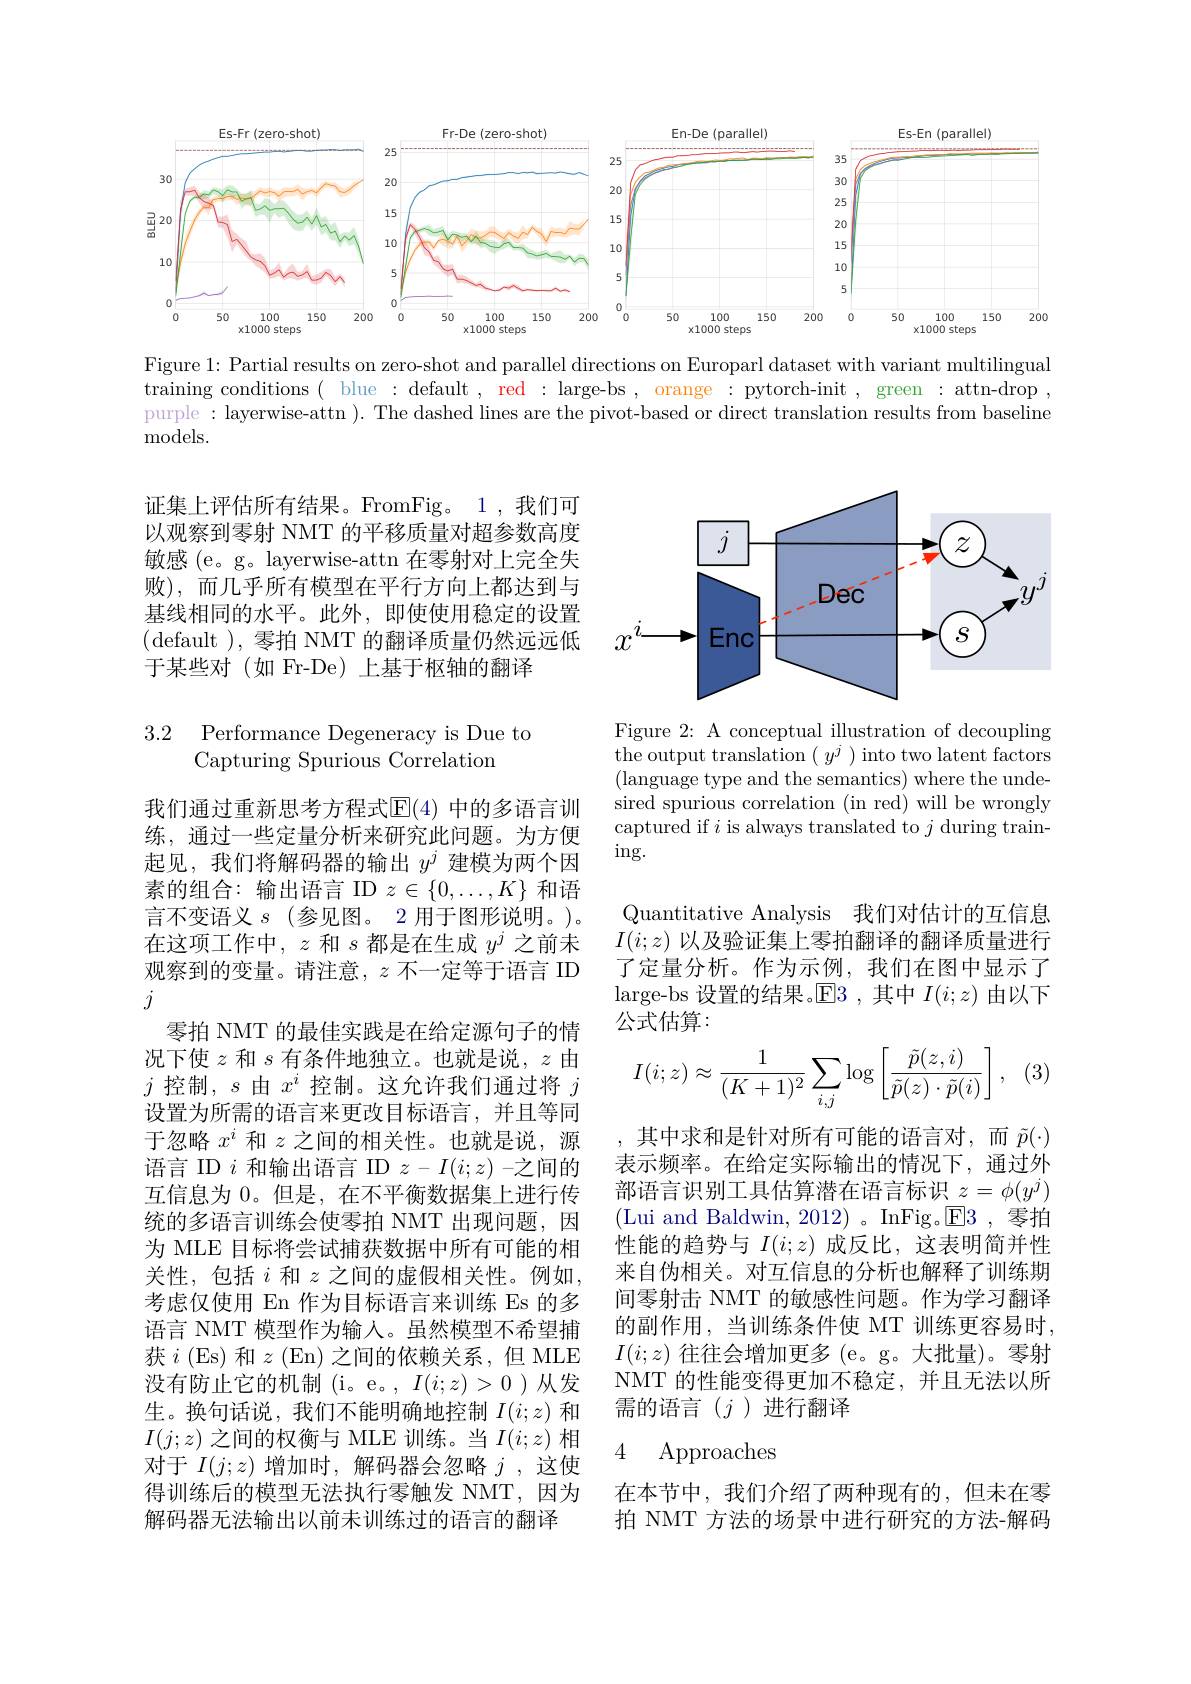
<FigureHere>

Figure 1: Partial results on zero-shot and parallel directions on Europarl dataset with variant multilingual training conditions( blue : default , red : large-bs , orange : pytorch-init , green : attn-drop , purple : layerwise-attn ). The dashed lines are the pivot-based or direct translation results from baseline ${\mathrm{models.}}$

证集上评估所有结果。FromFig。1,我们可以观察到零射 NMT 的平移质量对超参数高度敏感 (e。g。layerwise-attn 在零射对上完全失败),而几乎所有模型在平行方向上都达到与基线相同的水平。此外，即使使用稳定的设置(default ),零拍 NMT 的翻译质量仍然远远低于某些对(如 Fr-De)上基于枢轴的翻译

# 3.2 Performance Degeneracy is Due to Capturing Spurious Correlation

我们通过重新思考方程式$\overline{\mathbb{E}}(4)$ 中的多语言训练，通过一些定量分析来研究此问题。为方便起见，我们将解码器的输出$y^j$建模为两个因素的组合：输出语言 ID $z\in\{0,\ldots,K\}$和语言不变语义$s$ (参见图。2 用于图形说明。)。在这项工作中，$z$和$s$都是在生成$y^j$之前未观察到的变量。请注意，$z$不一定等于语言 ID $j$
零拍 NMT 的最佳实践是在给定源句子的情况下使$z$和$s$有条件地独立。也就是说，$z$由$j$ 控制，$s$由$x^i$ 控制。这允许我们通过将 $j$ 设置为所需的语言来更改目标语言，并且等同于忽略$x^i$和$z$之间的相关性。也就是说，源语言 ID $i$和输出语言 ID $z-I(i;z)$ -之间的互信息为 0。但是，在不平衡数据集上进行传统的多语言训练会使零拍 NMT 出现问题，因为 MLE 目标将尝试捕获数据中所有可能的相关性，包括$i$ 和 $z$ 之间的虚假相关性。例如， 考虑仅使用 En 作为目标语言来训练 Es 的多语言 NMT 模型作为输入。虽然模型不希望捕获$i$ (Es) 和$z$ (En) 之间的依赖关系，但 MLE 没有防止它的机制(i。e。, $I(i;z)>0$ )从发生。换句话说，我们不能明确地控制$I(i;z)$和$I(j;z)$之间的权衡与 MLE 训练。当$I(i;z)$相对于$I(j;z)$增加时，解码器会忽略$j$,这使得训练后的模型无法执行零触发 NMT,因为解码器无法输出以前未训练过的语言的翻译

<FigureHere>

Figure 2: A conceptual illustration of decoupling ${\mathrm{the~output~translation~}(y^{j})\text{into two latent factors}}$ (language type and the semantics) where the undesired spurious correlation (in red) will be wrongly captured if $i$ is always translated to $j$ during train- $\operatorname{ing}.$

Quantitative Analysis 我们对估计的互信息$I(i;z)$以及验证集上零拍翻译的翻译质量进行了定量分析。作为示例，我们在图中显示了large-bs 设置的结果。$\mathbb{E}$3 ,其中$I(i;z)$由以下公式估算：

(3)
$$I(i;z)\approx\frac{1}{(K+1)^2}\sum_{i,j}\log\left[\frac{\tilde{p}(z,i)}{\tilde{p}(z)\cdot\tilde{p}(i)}\right],$$
其中求和是针对所有可能的语言对，而$\tilde{p}(\cdot)$ 表示频率。在给定实际输出的情况下，通过外部语言识别工具估算潜在语言标识$z=\phi(y^j)$ (Lui and Baldwin, 2012)。InFig。$\overline{\mathrm{E}}3$,零拍性能的趋势与$I(i;z)$成反比，这表明简并性来自伪相关。对互信息的分析也解释了训练期间零射击 NMT 的敏感性问题。作为学习翻译的副作用，当训练条件使 MT 训练更容易时， $I(i;z)$往往会增加更多 (e。g。大批量)。零射NMT 的性能变得更加不稳定，并且无法以所需的语言($j$)进行翻译

### 4 Approaches

在本节中，我们介绍了两种现有的，但未在零拍 NMT 方法的场景中进行研究的方法-解码